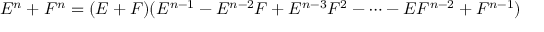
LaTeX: E ^ { n } + F ^ { n } = ( E + F ) ( E ^ { n - 1 } - E ^ { n - 2 } F + E ^ { n - 3 } F ^ { 2 } - \cdots - E F ^ { n - 2 } + F ^ { n - 1 } )